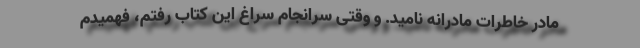
مادر خاطرات مادرانه نامید. و وقتی سرانجام سراغ این کتاب رفتم، فهمیدم